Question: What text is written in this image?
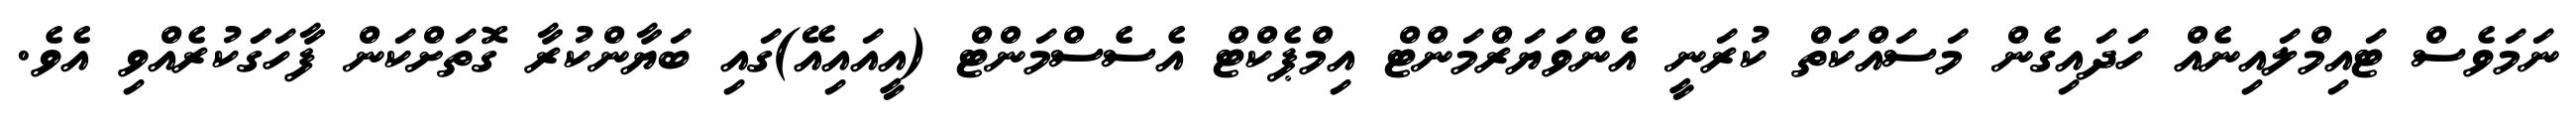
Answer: ނަމަވެސް ޓައިމްލައިނެއް ހަދައިގެން މަސައްކަތް ކުރަނީ އެންވަޔަރްމަންޓް އިމްޕެކްޓް އެސެސްމަންޓް (އީއައިއޭ)ގައި ބަޔާންކުރާ ގޮތަށްކަން ފާހަގަަކުރެއްވި އެވެ.